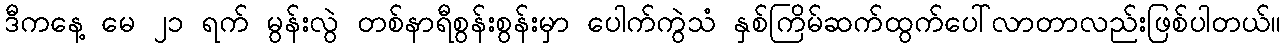
ဒီကနေ့ မေ ၂၁ ရက် မွန်းလွဲ တစ်နာရီစွန်းစွန်းမှာ ပေါက်ကွဲသံ နှစ်ကြိမ်ဆက်ထွက်ပေါ်လာတာလည်းဖြစ်ပါတယ်။